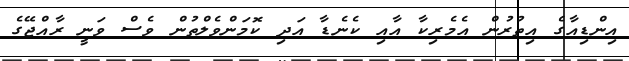
އިންޑިއާގެ އިތުރުން އެމެރިކާ އާއި ކެނެޑާ އަދި ކޮމަންވެލްތުން ވެސް ވަނީ ރާއްޖޭގެ